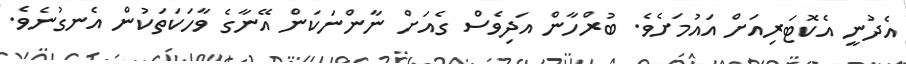
އެދުނީ އެކޮޓަރިއަށް އައުމަށެވެ. ބުރްހާން އަދިވެސް ގެއަށް ނާންނަކަން އޭނާގެ ވާހަކަތަކުން އެނގުނެވެ.